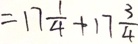
= 1 7 \frac { 1 } { 4 } + 1 7 \frac { 3 } { 4 }